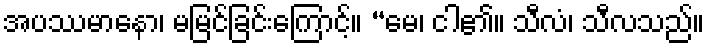
အပဿမာနော၊ မမြင်ခြင်းကြောင့်။ “မေ၊ ငါ၏။ သီလံ၊ သီလသည်။